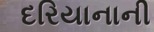
દરિયાનાની